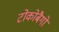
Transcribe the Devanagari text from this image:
टोकोबैगो